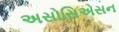
અસોસિએસન